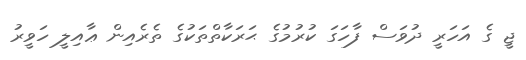
ޖީ ގެ އަހަރީ ދުވަސް ފާހަގަ ކުރުމުގެ ޙަރަކާތްތަކުގެ ތެރެއިން ޢާއިލީ ހަވީރު